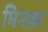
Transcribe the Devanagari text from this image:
मिन्तक़ा